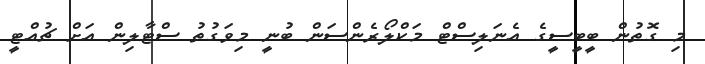
މި ގޮތުން ބީބީސީގެ އެނަލިސްޓް މަކްލޯރެންސަން ބުނީ މިވަގުތު ސްޓާލިން އަށް ޗުއްޓީ